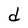
Character: d